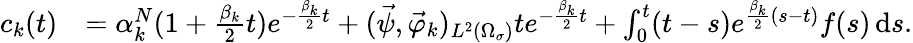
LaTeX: \begin{array}{rl}{c_{k}(t)}&{=\alpha_{k}^{N}(1+\frac{\beta_{k}}{2}t)e^{-\frac{\beta_{k}}{2}t}+(\vec{\psi},\vec{\varphi}_{k})_{L^{2}(\Omega_{\sigma})}te^{-\frac{\beta_{k}}{2}t}+\int_{0}^{t}(t-s)e^{\frac{\beta_{k}}{2}(s-t)}f(s)\, \mathrm ds.}\end{array}